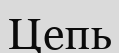
Цепь